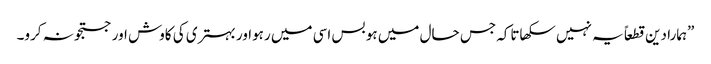
”ہمارا دین قطعاً یہ نہیں سکھاتاکہ جس حال میں ہو بس اسی میں رہواور بہتری کی کاوش اور جستجو نہ کرو۔